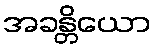
အခန္တိယော